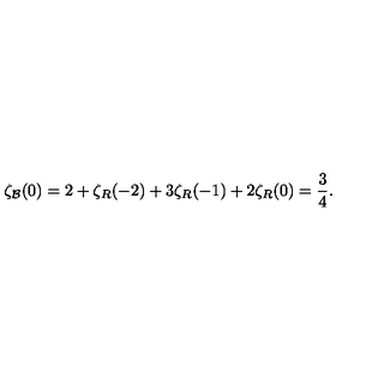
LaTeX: \zeta _ { \cal B } ( 0 ) = 2 + \zeta _ { R } ( - 2 ) + 3 \zeta _ { R } ( - 1 ) + 2 \zeta _ { R } ( 0 ) = { \frac { 3 } { 4 } } .